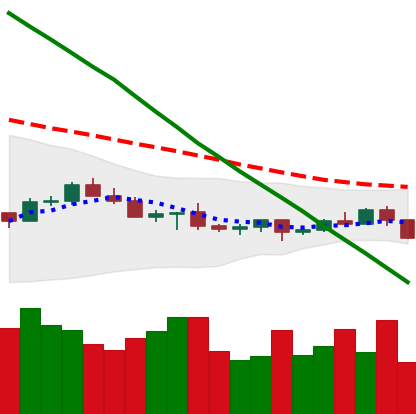
Ticker: LTC-USD
Chart end date: 2022-07-11
Forward return: 13.02%
Label: up_7plus